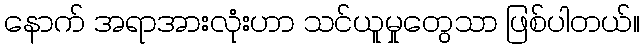
နောက် အရာအားလုံးဟာ သင်ယူမှုတွေသာ ဖြစ်ပါတယ်။